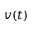
v ( t )